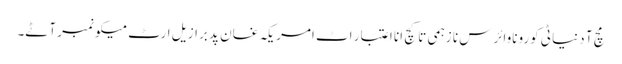
مچ آ دنیا ٹی کوروناوائرس نا زہمی تا کچ انا اعتبار اٹ امریکہ غان پد برازیل ارٹ میکو نمبر آٹے۔